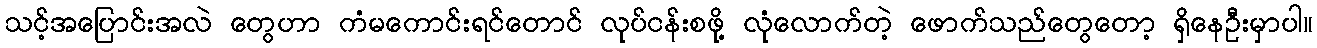
သင့်အပြောင်းအလဲ တွေဟာ ကံမကောင်းရင်တောင် လုပ်ငန်းစဖို့ လုံလောက်တဲ့ ဖောက်သည်တွေတော့ ရှိနေဦးမှာပါ။